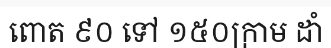
ពោត ៩០ ទៅ ១៥០ក្រាម ដាំ